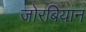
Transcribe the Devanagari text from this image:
जोरबियान